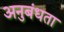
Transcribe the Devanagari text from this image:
अनुबंधता